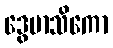
ဒွေမာသိကော